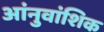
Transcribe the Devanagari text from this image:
आंनुवांशिक